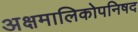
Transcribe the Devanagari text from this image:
अक्षमालिकोपनिषद